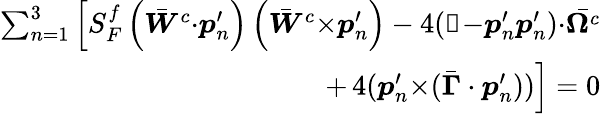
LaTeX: \begin{array}{r}{\sum_{n=1}^{3}\left[S_{F}^{f}\left(\bar{\boldsymbol{W}}^{c}{\cdot}\boldsymbol{p}_{n}^{\prime}\right)\left(\bar{\boldsymbol{W}}^{c}{\times}\boldsymbol{p}_{n}^{\prime}\right)-4(\mathbb{1}{-}\boldsymbol{p}_{n}^{\prime}\boldsymbol{p}_{n}^{\prime}){\cdot}\bar{\boldsymbol{\Omega}^{\textit{c}}}\right.}\\ {+\left.4(\boldsymbol{p}_{n}^{\prime}{\times}(\bar{\boldsymbol{\Gamma}}\cdot\boldsymbol{p}_{n}^{\prime}))\right]=0}\end{array}